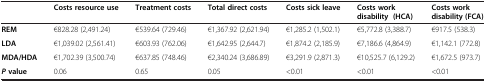
<table><thead><tr><td><b> </b></td><td><b>Costs resource use</b></td><td><b>Treatment costs</b></td><td><b>Total direct costs</b></td><td><b>Costs sick leave</b></td><td><b>Costs work disability (HCA)</b></td><td><b>Costs work disability (FCA)</b></td></tr></thead><tbody><tr><td><b>REM</b></td><td>€828.28 (2,491.24)</td><td>€539.64 (729.46)</td><td>€1,367.92 (2,621.94)</td><td>€1,285.2 (1,502.1)</td><td>€5,772.8 (3,388.7)</td><td>€917.5 (538.3)</td></tr><tr><td><b>LDA</b></td><td>€1,039.02 (2,561.41)</td><td>€603.93 (762.06)</td><td>€1,642.95 (2,644.7)</td><td>€1,874.2 (2,185.9)</td><td>€7,186.6 (4,864.9)</td><td>€1,142.1 (772.8)</td></tr><tr><td><b>MDA/HDA</b></td><td>€1,702.39 (3,500.74)</td><td>€637.85 (748.46)</td><td>€2,340.24 (3,686.89)</td><td>€3,291.9 (2,871.3)</td><td>€10,525.7 (6,129.2)</td><td>€1,672.5 (973.7)</td></tr><tr><td><b><i>P </i></b><b>value</b></td><td>0.06</td><td>0.65</td><td>0.05</td><td>&lt;0.01</td><td>&lt;0.01</td><td>&lt;0.01</td></tr></tbody></table>